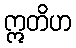
ဣတိဟ